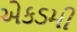
એકડમી